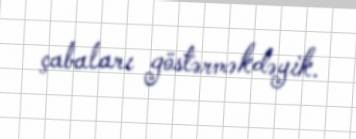
çabaları göstərməkdəyik.